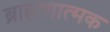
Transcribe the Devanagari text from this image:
ब्राह्मणात्मक